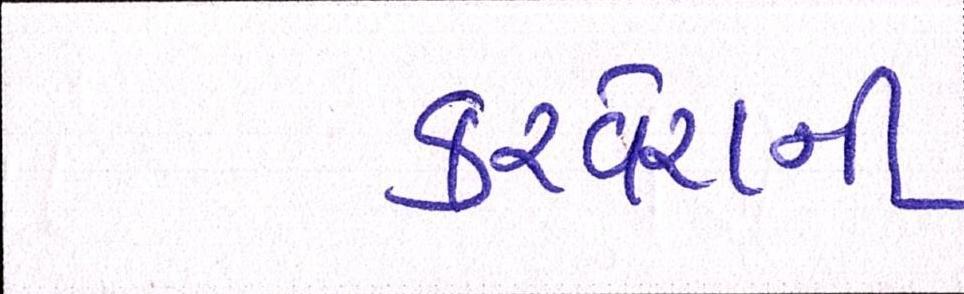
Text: કરવેરાની